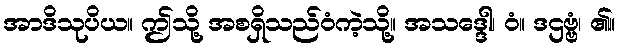
အာဒိသုပိယ။ ဤသို့ အစရှိသည်ဝံကဲ့သို့။ အသဒ္ဒေါ၊ ဝံ။ ဒဌဗ္ဗံ၊ ၏။